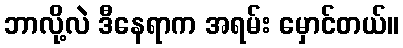
ဘာလို့လဲ ဒီနေရာက အရမ်း မှောင်တယ်။